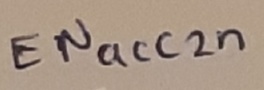
Text: ENacc2n